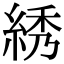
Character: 綉